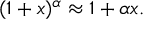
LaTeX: ( 1 + x ) ^ { \alpha } \approx 1 + \alpha x .